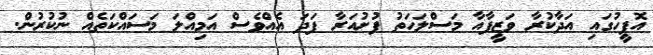
އޮފީހުގައި އަދާކުރާ ވަޒީފާއާ މަސްލަހަތު ފުށުއަރާ ފަދަ އެއްވެސް އަމިއްލަ މަސައްކަތެއް ނުކުރުން.